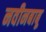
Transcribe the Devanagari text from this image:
नवीनबाबू